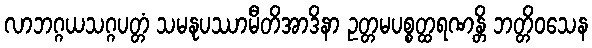
လာဘဂ္ဂယသဂ္ဂပတ္တံ သမနုပဿာမီတိအာဒိနာ ဥတ္တမပစ္စတ္ထရဏန္တိ ဘတ္တိဝသေန